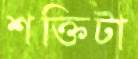
শক্তিটা